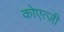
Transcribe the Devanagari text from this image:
कोएत्ज़ी